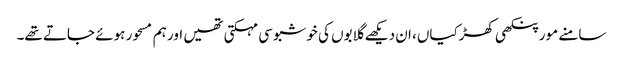
سامنے مور پنکھی کھڑکیاں، ان دیکھے گلابوں کی خوشبو سی مہکتی تھیں اور ہم مسحور ہوئے جاتے تھے۔